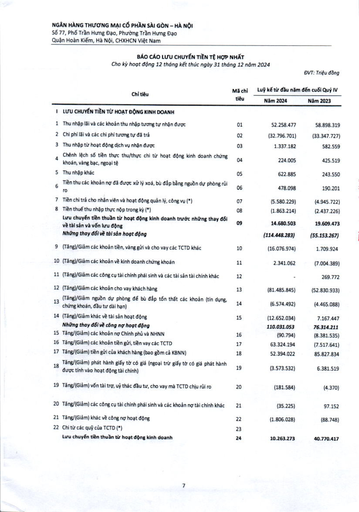
|Chỉ tiêu|Mã chỉ|Lũy kế từ đầu năm|đến cuối Quý IV| |---|---|---|---| ||tiêu|Năm 2024|Năm 2023| |I LƯU CHUYỂN TIỀN TỪ HOẠT ĐỘNG KINH DOANH|||| |1 Thu nhập lãi và các khoản thu nhập tương tự từ nhận được|01|52.258.477|58.898.319| |2 Chi phí lãi và các chi phí tương tự đã trả|02|(32.796.701)|(33.347.727)| |3 Thu nhập từ hoạt động dịch vụ nhận được|03|1.337.182|582.559| |4 Chênh lệch số tiền thực thu/thực chi từ hoạt động kinh doanh chứng khoán, vàng bạc, ngoại tệ|04|224.005|425.519| |5 Thu nhập khác|05|622.885|243.550| |6 Tiền thu các khoản nợ đã được xử lý xóa, bù đắp bằng nguồn dự phòng rủi ro|06|478.098|190.201| |7 Tiền chi trả cho nhân viên và hoạt động quản lý, công vụ (*)|07|(5.580.229)|(4.945.722)| |8 Tiền thuế thu nhập thực nộp trong kỳ (*)|08|(1.863.214)|(2.437.226)| |Lưu chuyển tiền thuần từ hoạt động kinh doanh trước những thay đổi về tài sản và vốn lưu động|09|14.680.503|19.609.473| |Những thay đổi về tài sản hoạt động||(114.448.283)|(55.153.267)| |9 (Tăng)/Giảm các khoản tiền, vàng gửi và cho vay các TCTD khác|10|(16.076.974)|1.709.924| |10 (Tăng)/Giảm các khoản về kinh doanh chứng khoán|11|2.341.062|(7.004.389)| |11 (Tăng)/Giảm các công cụ tài chính phái sinh và các tài sản tài chính khác|12|-|269.772| |12 (Tăng)/Giảm các khoản cho vay khách hàng|13|(81.485.845)|(52.830.933)| |13 (Tăng)/Giảm nguồn dự phòng để bù đắp tổn thất các khoản (tín dụng, chứng khoán, đầu tư dài hạn)|14|(6.574.492)|(4.465.088)| |14 (Tăng)/Giảm khác về tài sản hoạt động|15|(12.652.034)|7.167.447| |Những thay đổi về công nợ hoạt động||110.031.053|76.314.211| |15 Tăng/(Giảm) các khoản nợ Chính phủ và NHNN|16|(90.794)|(8.381.535)| |16 Tăng/(Giảm) các khoản tiền gửi, tiền vay các TCTD|17|63.324.194|(7.517.641)| |17 Tăng/(Giảm) tiền gửi của khách hàng (bao gồm cả KBNN)|18|52.394.022|85.827.834| |18 Tăng/(Giảm) phát hành giấy tờ có giá (ngoại trừ giấy tờ có giá phát hành được tính vào hoạt động tài chính)|19|(3.573.532)|6.381.519| |19 Tăng/(Giảm) vốn tài trợ, ủy thác đầu tư, cho vay mà TCTD chịu rủi ro|20|(181.584)|(4.370)| |20 Tăng/(Giảm) các công cụ tài chính phái sinh và các khoản nợ tài chính khác|21|(35.225)|97.152| |21 Tăng/(Giảm) khác về công nợ hoạt động|22|(1.806.028)|(88.748)| |22 Chi từ các quỹ của TCTD (*)|23||| |Lưu chuyển tiền thuần từ hoạt động kinh doanh|24|10.263.273|40.770.417|